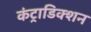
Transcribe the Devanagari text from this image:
कंट्राडिक्शन